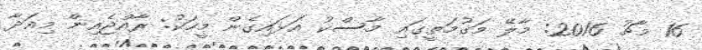
16 މާޗު 2016: މާލޭ މަގުމަތީގައި މާސްކު އަޅައިގެން މީހަކު: ރާއްޖެއިން މިއަދާ